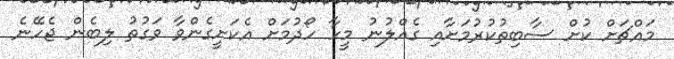
މައްޗަށް ކުށް ސާބިތުކުރުމަށާއި ގެއްލުނު މީހާ ހޯދުމަށް އެކަށީގެންވާ ވަގުތު ލިބެން ޖެހޭނެ